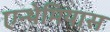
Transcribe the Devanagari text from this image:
एन्थेमियास